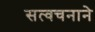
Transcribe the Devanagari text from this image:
सत्वचनाने